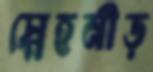
স্নেহনীড়